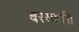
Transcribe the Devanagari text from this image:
बरसाती।